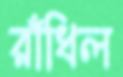
রাঁধিল